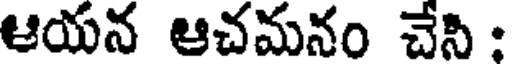
ఆయన ఆచమనం చేని :